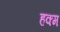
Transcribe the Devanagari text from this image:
हक्म